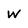
Character: w